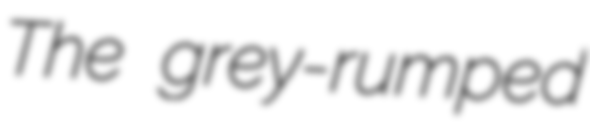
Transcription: The grey-rumped